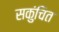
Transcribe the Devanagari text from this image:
सकुंचित